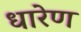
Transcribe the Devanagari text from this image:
धारेण